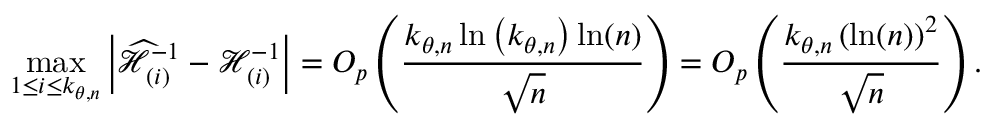
\operatorname* { m a x } _ { 1 \leq i \leq k _ { \theta , n } } \left\vert \widehat { \mathcal { H } } _ { ( i ) } ^ { - 1 } - \mathcal { H } _ { ( i ) } ^ { - 1 } \right\vert = O _ { p } \left( \frac { k _ { \theta , n } \ln \left( k _ { \theta , n } \right) \ln ( n ) } { \sqrt { n } } \right) = O _ { p } \left( \frac { k _ { \theta , n } \left( \ln ( n ) \right) ^ { 2 } } { \sqrt { n } } \right) .